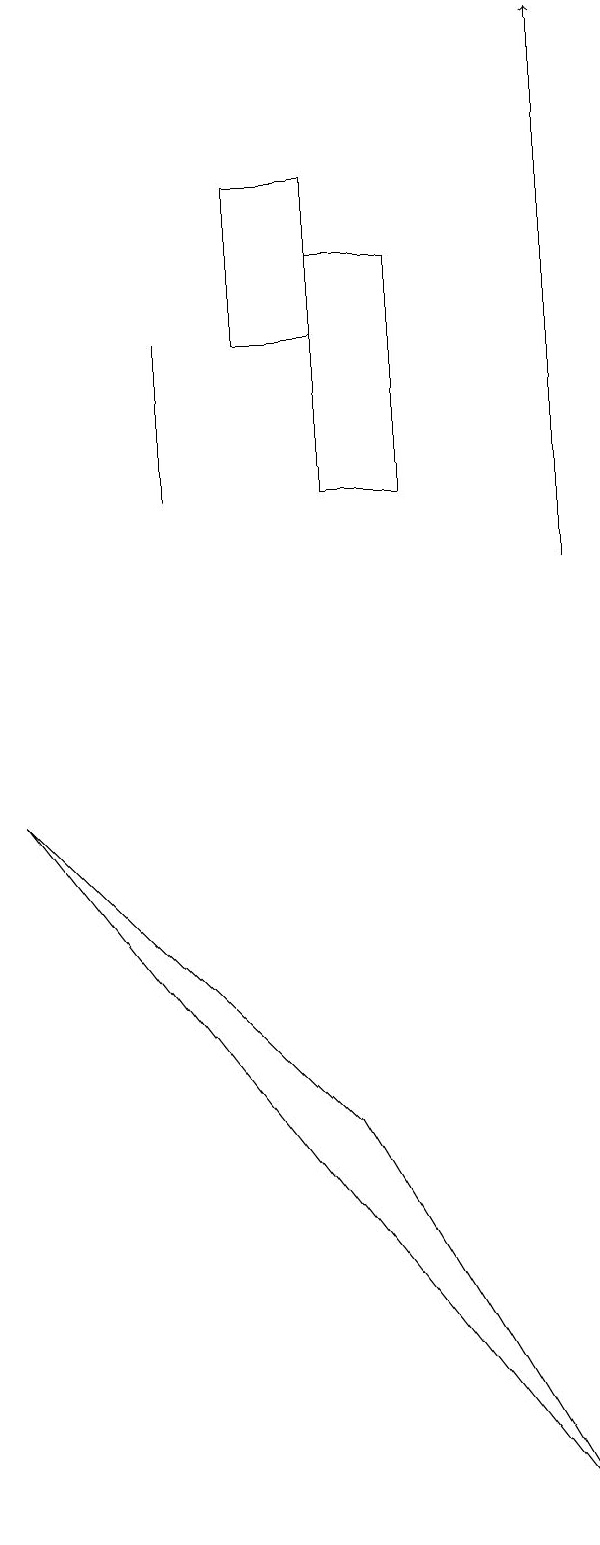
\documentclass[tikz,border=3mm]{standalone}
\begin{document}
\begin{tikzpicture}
\draw (1,9) -- (5,5) -- (8,0) -- cycle;
\draw (3,13) rectangle (3,15);
\draw (6,13) rectangle (5,16);
\draw (8,17) rectangle (8,17);
\draw (4,15) rectangle (5,17);
\draw[->] (8,12) -- (8,19);
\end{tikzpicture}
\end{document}